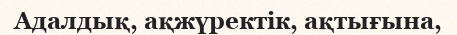
Адалдық, ақжүректік, ақтығына,